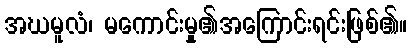
အဃမူလံ၊ မကောင်းမှု၏အကြောင်းရင်းဖြစ်၏။